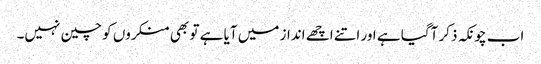
اب چونکہ ذکر آگیا ہے اور اتنے اچھے انداز میں آیا ہے تو بھی منکروں کو چین نہیں۔